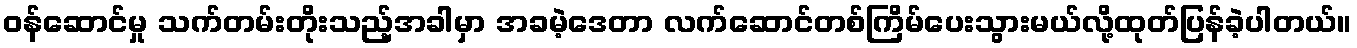
ဝန်ဆောင်မှု သက်တမ်းတိုးသည့်အခါမှာ အခမဲ့ဒေတာ လက်ဆောင်တစ်ကြိမ်ပေးသွားမယ်လို့ထုတ်ပြန်ခဲ့ပါတယ်။